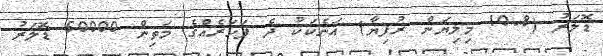
ޑޮލަރު (10.8 މިލިޔަން ރުފިޔާ) އަނެކަކު ދެ ފަހަރެއްގެ މަތިން 50000 ޑޮލަރު